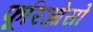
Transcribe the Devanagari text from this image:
फूरिओसो